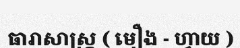
ធារាសាស្ត្រ ( មឿង - ហ្វាយ )